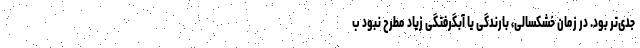
جدی‌تر بود. در زمان خشکسالی، بارندگی یا آبگرفتگی زیاد مطرح نبود ب